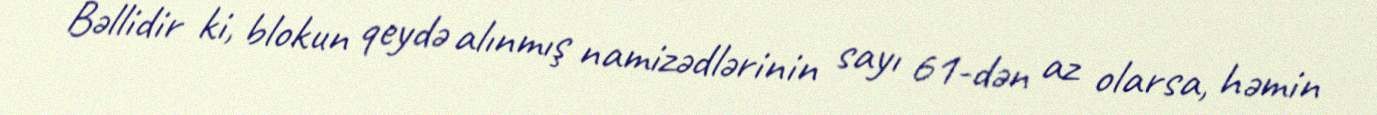
Bəllidir ki, blokun qeydə alınmış namizədlərinin sayı 61-dən az olarsa, həmin